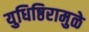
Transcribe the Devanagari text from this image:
युधिष्ठिरामुळे